Reports on dispensaries and lunatic asylums in the Province of Oudh - 1869-1876
Year: 1869
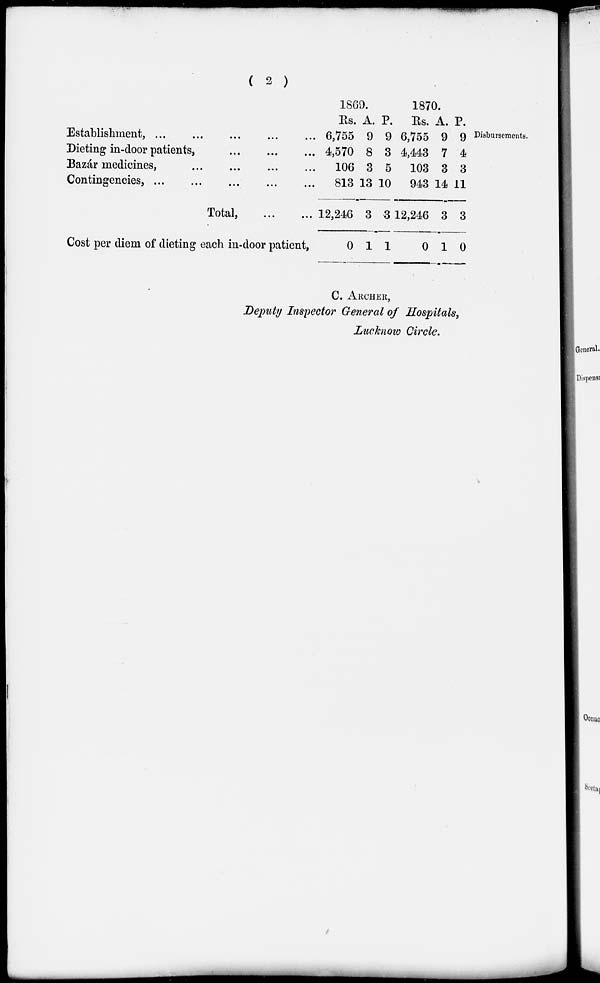
( 2 )
Disbursements.
Establishment, ... ... ... ... ...
Dieting in-door patients,
...
...
...
Bazár medicines, ... ... ... ...
Contingencies,
...
...
...
...
...
Total,
...
...
Cost per diem of dieting each in-door patient,
1869.
Rs.
6,755
4,570
106
813
12,246
0
A.
9
8
3
13
3
1
P.
9
3
5
10
3
1
1870.
Rs.
6,755
4,443
103
943
12,246
0
A.
9
7
3
14
3
1
P.
9
4
3
11
3
0
C. ARCHER,
Deputy Inspector General of Hospitals,
Lucknow Circle.